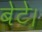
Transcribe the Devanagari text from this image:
बेटे।